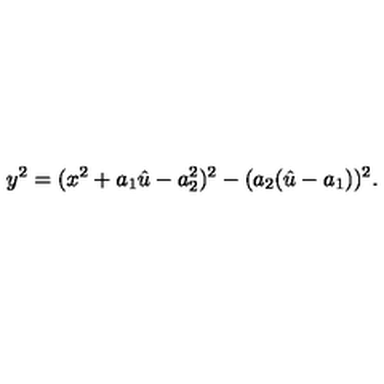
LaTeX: y ^ { 2 } = ( x ^ { 2 } + a _ { 1 } \hat { u } - a _ { 2 } ^ { 2 } ) ^ { 2 } - ( a _ { 2 } ( \hat { u } - a _ { 1 } ) ) ^ { 2 } .